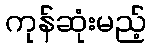
ကုန်ဆုံးမည့်